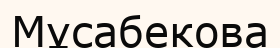
Мұсабекова